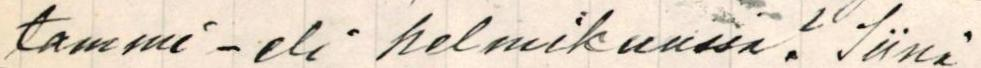
tammi - eli helmikuussa? Siinä